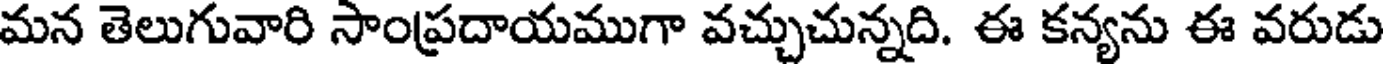
మన తెలుగువారి సాంప్రదాయముగా వచ్చుచున్నది. ఈ కన్యను ఈ వరుడు